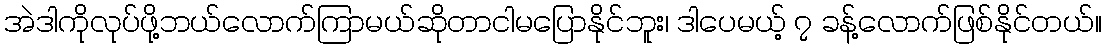
အဲဒါကိုလုပ်ဖို့ဘယ်လောက်ကြာမယ်ဆိုတာငါမပြောနိုင်ဘူး၊ ဒါပေမယ့် ၇ ခန့်လောက်ဖြစ်နိုင်တယ်။